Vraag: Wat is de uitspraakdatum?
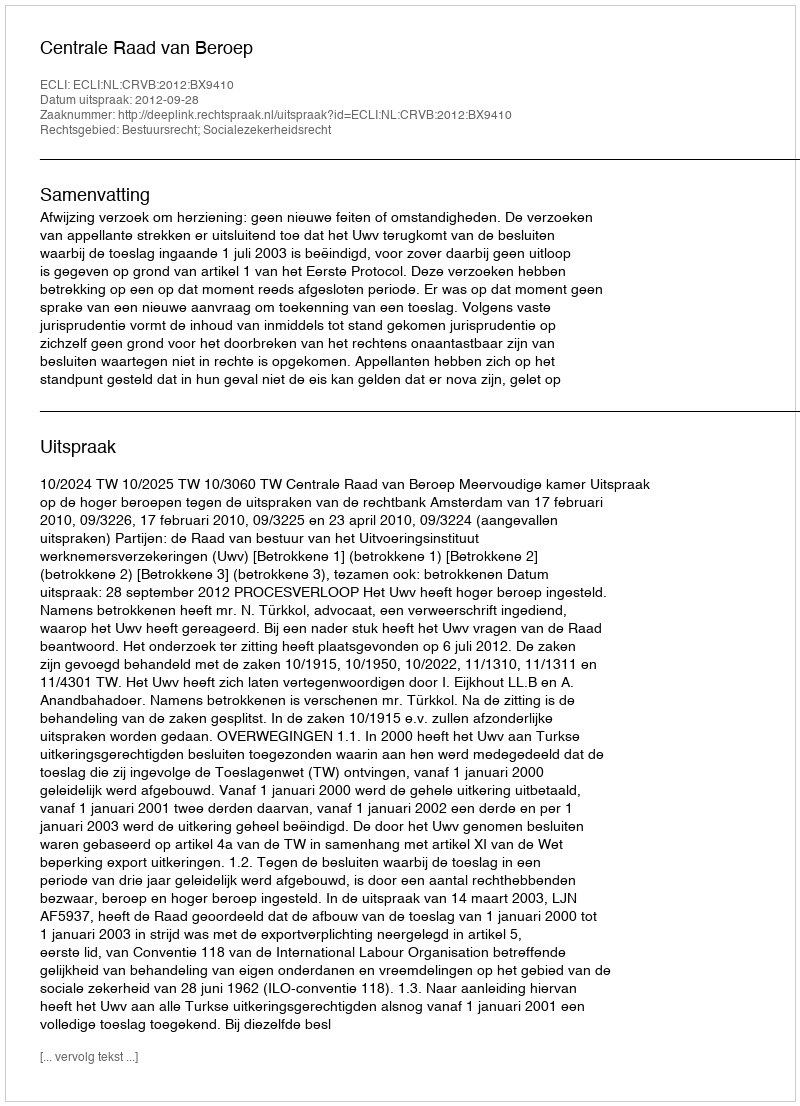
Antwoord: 2012-09-28